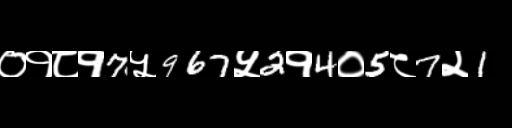
Text: ०१८१7५967५2१4०5८7२1